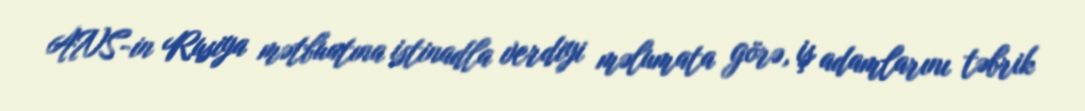
ANS-in Rusiya mətbuatına istinadla verdiyi məlumata görə, iş adamlarını təbrik